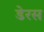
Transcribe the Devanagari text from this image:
डेरस